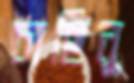
চাছিনু